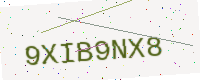
Text: 9XIB9NX8